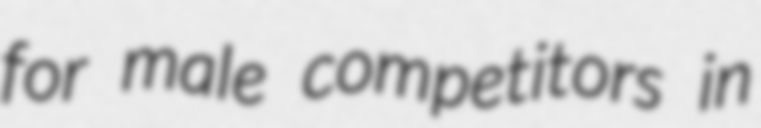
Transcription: for male competitors in